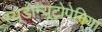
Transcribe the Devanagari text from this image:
स्यूडोन्यूट्रोपेनिया